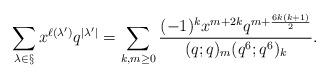
LaTeX: \begin{align*}\sum_{\lambda \in \S} x^{\ell(\lambda')} q^{|\lambda'|} = \sum_{k, m \geq 0} \frac{(-1)^k x^{m + 2k} q^{m + \frac{6k(k+1)}{2}}}{(q;q)_m (q^6; q^6)_k}.\end{align*}